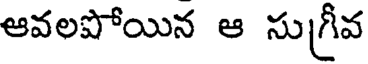
ఆవలపోయిన ఆ సుగీవ